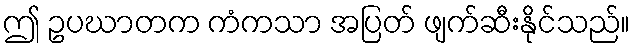
ဤ ဥပဃာတက ကံကသာ အပြတ် ဖျက်ဆီးနိုင်သည်။